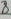
Text: 8